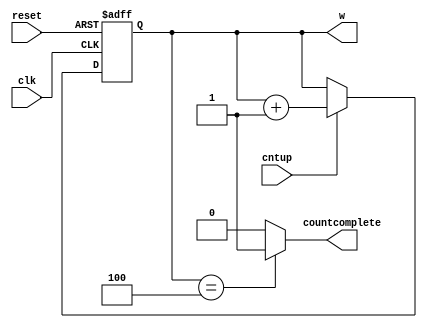
module Counter(input clk,reset,cntup,output reg[2:0]w,output countcomplete);

always @(posedge clk,posedge reset)begin:alw
	
if(reset) w=3'b000;
	
else if(cntup) w <=w+1;
	end

assign countcomplete=(w==3'b100)?1:0;

endmodule